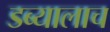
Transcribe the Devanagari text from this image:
डब्यालाच